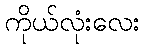
ကိုယ်လုံးလေး